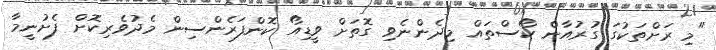
"މި ރަށްތަކުގަ ގުރުއާން ކޯސްތައް މިދެންނެވި ގޮތަށް ވީޑިއޯ ކޮންފަރެންސިން މެދުވެރިކޮށް ފެށުނީމާ